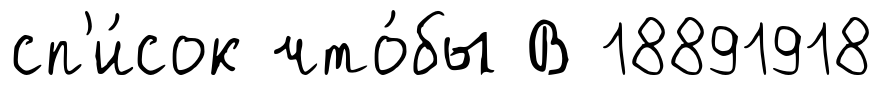
сп'и́сок что́бы В 18891918